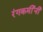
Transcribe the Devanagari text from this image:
रंगकर्मीनी